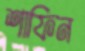
শাফিন